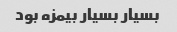
بسیار بسیار بیمزه بود